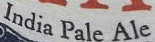
India Pale Ale